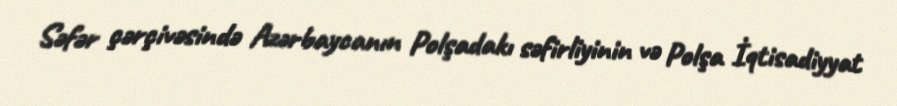
Səfər çərçivəsində Azərbaycanın Polşadakı səfirliyinin və Polşa İqtisadiyyat